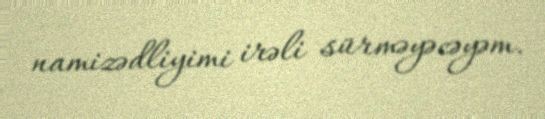
namizədliyimi irəli sürməyəcəyəm.